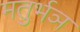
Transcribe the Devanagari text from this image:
मतुर्भञ